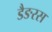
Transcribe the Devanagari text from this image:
डैङरस